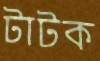
টাটক